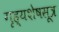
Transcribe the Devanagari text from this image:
गृह्यशेषसूत्र